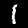
Label: 1